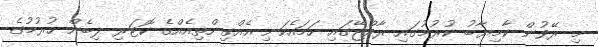
މި ރޭވުން ކާމިޔާބު ކުރުމުގައި ރާއްޖޭގައި ހަމައެކަނި އެއްގިންތިއެއްގެ ކޮޓަރި ލިބެން ހުރުމުގެ